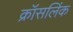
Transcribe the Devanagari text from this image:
क्रॉसलिंक